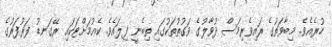
ހުރެއެވެ. މިބާވަތުގެ ރައިވެރިމަސް ދުވާލުގެ ވަގުތުތަކުގައި ތިބެނީ ފިލައެވެ. ކެއުމަށްޓަކައި ރޭގަނޑު ފަރުފަރުގެ